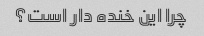
چرا این خنده دار است؟